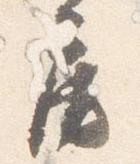
房